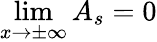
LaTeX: \operatorname*{lim}_{x\rightarrow\pm\infty}A_{s}=0